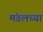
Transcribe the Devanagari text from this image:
मंडलच्या